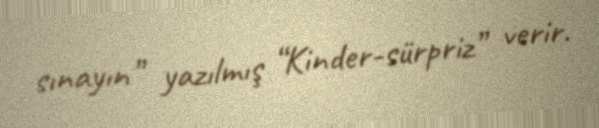
sınayın” yazılmış “Kinder-sürpriz” verir.